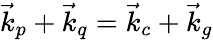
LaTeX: \vec{k}_{p}+\vec{k}_{q}=\vec{k}_{c}+\vec{k}_{g}